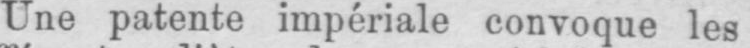
Une patente impériale convoque les